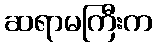
ဆရာမကြီးက